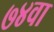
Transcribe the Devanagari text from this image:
७४वा